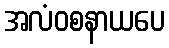
အလံဝစနာယပေ